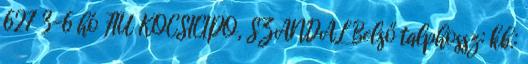
627 3-6 hó FIÚ KOCSICIPŐ, SZANDÁL Belső talphossz: kb.: